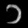
Digit: ၁